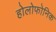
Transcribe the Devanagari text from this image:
होलोफोनिक